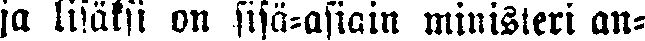
ja lisäksi on sisä-asiain ministeri an-